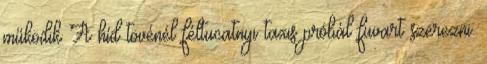
működik A híd tövénél féltucatnyi taxis próbál fuvart szerezni.